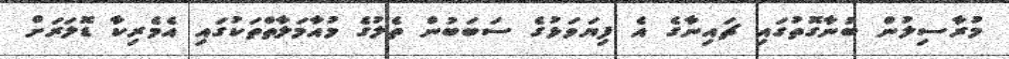
މުރާސިލުން ބުނާގޮތުގައި ޗައިނާގެ އެ ފިޔަވަޅުގެ ސަބަބުން ތެލުގެ މުއާމަލާތްތަކުގައި އެމެރިކާ ޑޮލަރަށް